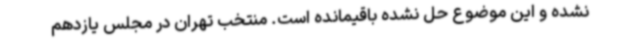
نشده و این موضوع حل نشده باقیمانده است. منتخب تهران در مجلس یازدهم